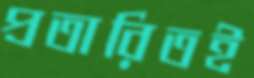
প্রতারিতই